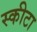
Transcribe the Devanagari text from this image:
स्कीटा